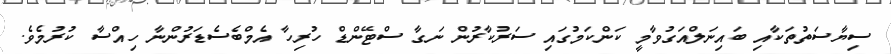
ސިޔާސަތުތަކާއި ބައިނަލްއަގުވާމީ ކަންކަމުގައި ސަރުކާރުން ނަގާ ސްޓޭންޑް ހުރިހާ އެމްބެސެޑަރުންނާ ހިއްސާ ކުރުމެވެ.